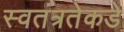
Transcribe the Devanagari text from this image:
स्वतंत्रतेकडे